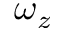
\omega _ { z }